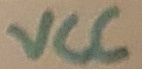
Text: VCC